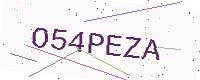
Text: O54PEZA